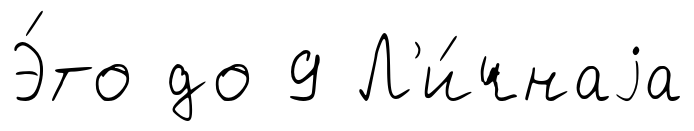
Э́то до 9 Л'и́чнаjа